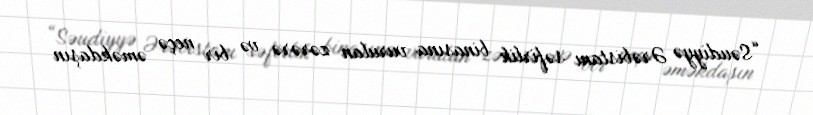
“Səudiyyə Ərəbistanı səfirlik binasına vurulan zərərə və bir neçə əməkdaşın